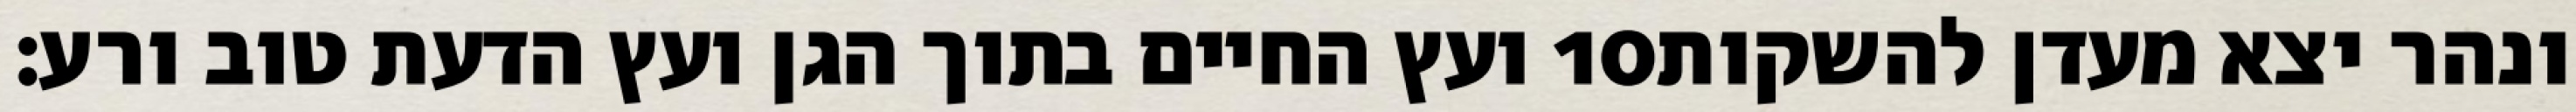
ועץ החיים בתוך הגן ועץ הדעת טוב ורע׃ ‎10‏ ונהר יצא מעדן להשקות